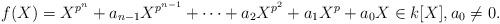
LaTeX: \begin{align*}f(X)=X^{p^n}+a_{n-1}X^{p^{n-1}}+\cdots+a_2X^{p^2}+a_1 X^p +a_0 X\in k[X],a_0\neq 0.\end{align*}